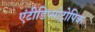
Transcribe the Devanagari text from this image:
एंटीडिप्सोट्रोपिक